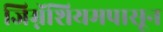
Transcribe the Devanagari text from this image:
जिम्नॅशियमपासून